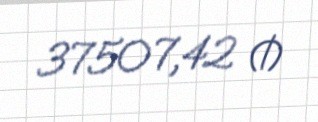
37507,42 ₼